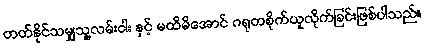
တတ်နိုင်သမျှသူ့လမ်းငါး နှင့် မထိမိအောင် ဂရုတစိုက်ယူလိုက်ခြင်းဖြစ်ပါသည်။